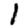
Digit: 1